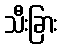
သီးခြား